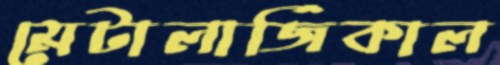
মেটালার্জিকাল